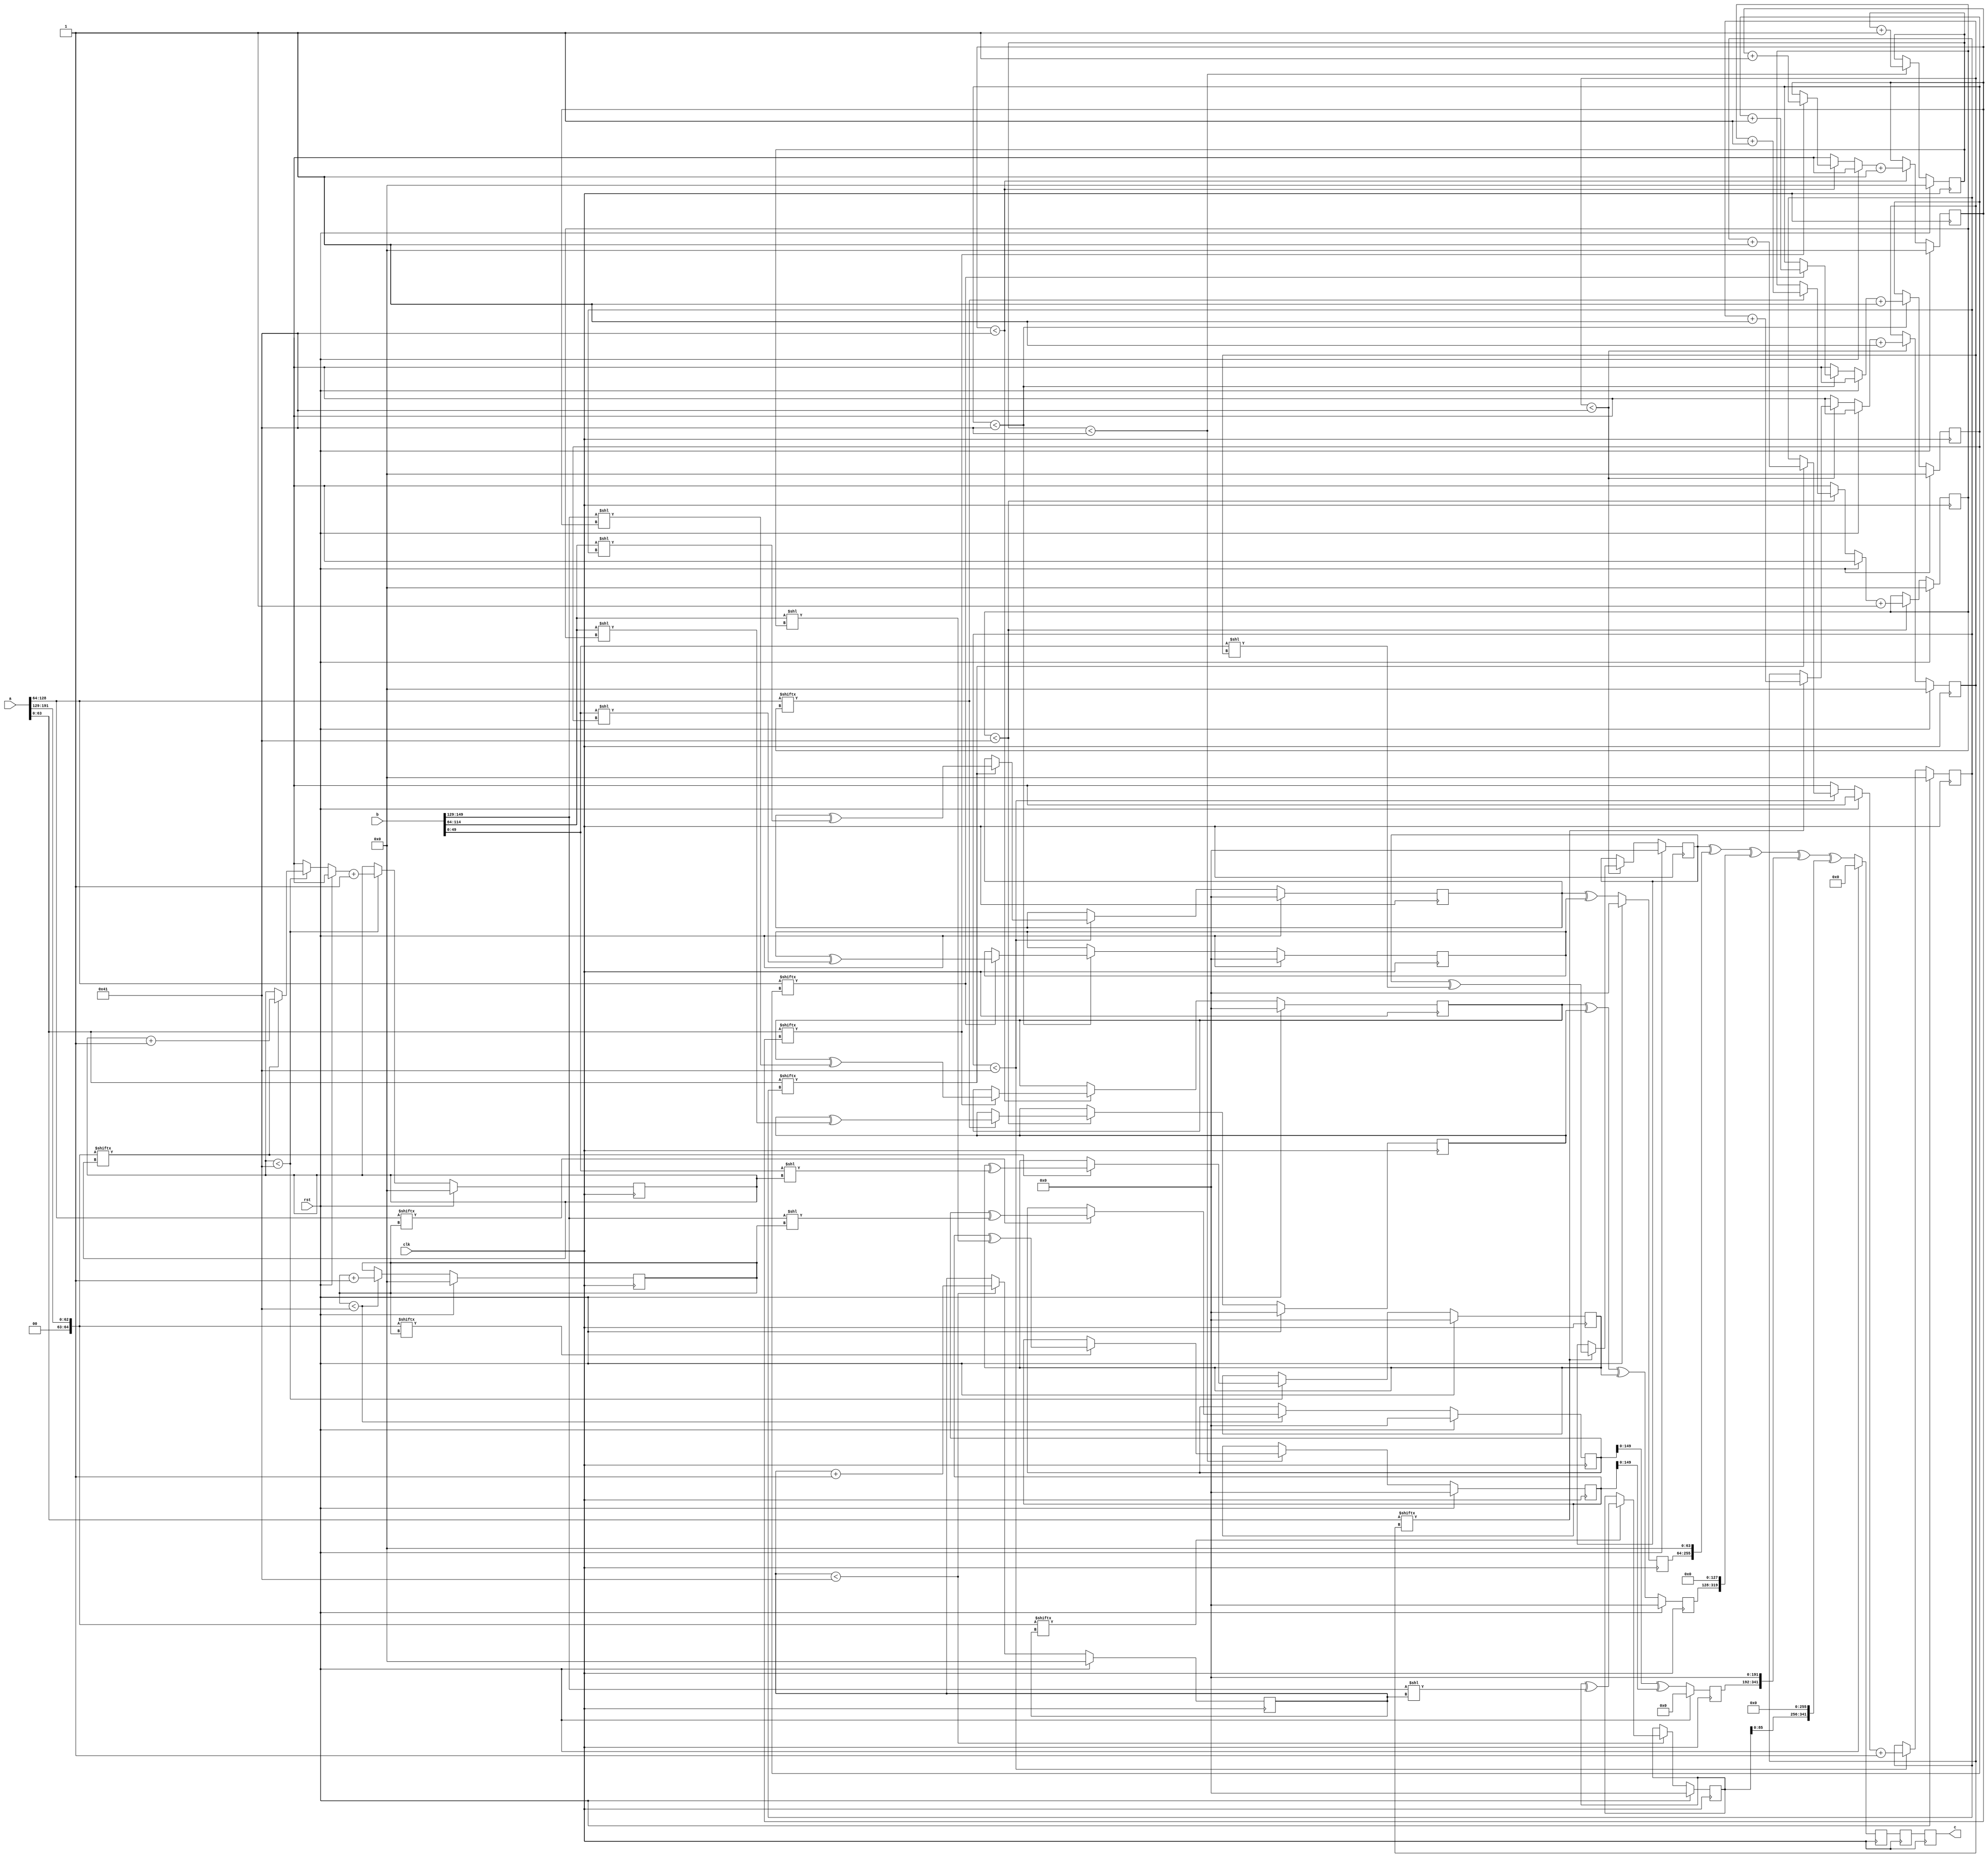
// TalTech large integer multiplier library
// Multiplier type: three_way_toom_cook
// Parameters: 192 150 3
// Target tool: genus
module three_way_toom_cook(clk, rst, a, b, c);
input clk;
input rst;
input [191:0] a;
input [149:0] b;
output reg [341:0] c;

// Pipeline register declaration 
reg [341:0] c_temp_2;
reg [341:0] c_temp_1;

// Wires declaration 
wire  [63:0] a0;
wire  [64:0] a1;
wire  [64:0] a2;
wire  [49:0] b0;
wire  [50:0] b1;
wire  [50:0] b2;

// Registers declaration 
reg  [63:0] counter_d;
reg  [63:0] counter_e1;
reg  [63:0] counter_e2;
reg  [63:0] counter_f1;
reg  [63:0] counter_f2;
reg  [63:0] counter_f3;
reg  [63:0] counter_g1;
reg  [63:0] counter_g2;
reg  [63:0] counter_h;
reg  [191:0] d;
reg  [191:0] e1_mul;
reg  [191:0] e2_mul;
reg  [191:0] e;
reg  [191:0] f1_mul;
reg  [191:0] f2_mul;
reg  [191:0] f3_mul;
reg  [191:0] f;
reg  [191:0] g1_mul;
reg  [191:0] g2_mul;
reg  [191:0] g;
reg  [191:0] h;
reg  [341:0] temp;

// Initial assignments to wires
assign a0 = a[63:0];
assign a1 = a[128:64];
assign a2 = a[191:129];
assign b0 = b[63:0];
assign b1 = b[128:64];
assign b2 = b[149:129];

// Step-1 of 3-Way TCM Multiplier
always @(posedge clk) begin
	if (rst) begin
		d <= 192'd0;
		counter_d <= 64'd0;
	end
	else if (counter_d < 65) begin
		if (a2[counter_d] == 1'b1) begin
			d <= d ^ (b2 << counter_d);
			counter_d <= counter_d + 1;
		end
		counter_d <= counter_d + 1;
	end
end

// Step-2 (Part-1) of 3-Way TCM Multiplier
always @(posedge clk) begin
	if (rst) begin
		e1_mul <= 192'd0;
		counter_e1 <= 64'd0;
	end
	else if (counter_e1 < 65) begin
		if (a1[counter_e1] == 1'b1) begin
			e1_mul <= e1_mul ^ (b2 << counter_e1);
			counter_e1 <= counter_e1 + 1;
		end
		counter_e1 <= counter_e1 + 1;
	end
end

// Step-2 (Part-2) of 3-Way TCM Multiplier
always @(posedge clk) begin
	if (rst) begin
		e2_mul <= 192'd0;
		counter_e2 <= 64'd0;
	end
	else if (counter_e2 < 65) begin
		if (a2[counter_e1] == 1'b1) begin
			e2_mul <= e2_mul ^ (b1 << counter_e2);
			counter_e2 <= counter_e2 + 1;
		end
		counter_e2 <= counter_e2 + 1;
	end
end

// Step-2 (Part-3) of 3-Way TCM Multiplier
always @(posedge clk) begin
	if (rst) begin
		e = 192'd0;
	end
	else begin
		e = e1_mul ^ e2_mul; 
	end
end

// Step-3 (Part-1) of 3-Way TCM Multiplier
always @(posedge clk) begin
	if (rst) begin
		f1_mul = 192'd0;
		counter_f1 = 64'd0;
	end
	else if (counter_f1 < 65) begin
		if (a0[counter_f1] == 1'b1) begin
			f1_mul = f1_mul ^ (b2 << counter_f1);
			counter_f1 = counter_f1 + 1;
		end
		counter_f1 = counter_f1 + 1;
	end
end

// Step-3 (Part-2) of 3-Way TCM Multiplier
always @(posedge clk) begin
	if (rst) begin
		f2_mul = 192'd0;
		counter_f2 = 64'd0;
	end
	else if (counter_f2 < 65) begin
		if (a1[counter_f2] == 1'b1) begin
			f2_mul = f2_mul ^ (b1 << counter_f2);
			counter_f2 = counter_f2 + 1;
		end
		counter_f2 = counter_f2 + 1;
	end
end

// Step-3 (Part-3) of 3-Way TCM Multiplier
always @(posedge clk) begin
	if (rst) begin
		f3_mul = 192'd0;
		counter_f3 = 64'd0;
	end
	else if (counter_f3 < 65) begin
		if (a2[counter_f3] == 1'b1) begin
			f3_mul = f3_mul ^ (b0 << counter_f3);
			counter_f3 = counter_f3 + 1;
		end
		counter_f3 = counter_f3 + 1;
	end
end

// Step-3 (Part-4) of 3-Way TCM Multiplier
always @(posedge clk) begin
	if (rst) begin
		f = 192'd0;
	end
	else begin
		f = f1_mul ^ f2_mul ^ f3_mul; 
	end
end

// Step-4 (Part-1) of 3-Way TCM Multiplier
always @(posedge clk) begin
	if (rst) begin
		g1_mul = 192'd0;
		counter_g1 = 64'd0;
	end
	else if (counter_g1 < 65) begin
		if (a0[counter_g1] == 1'b1) begin
			g1_mul = g1_mul ^ (b1 << counter_g1);
			counter_g1 = counter_g1 + 1;
		end
		counter_g1 = counter_g1 + 1;
	end
end

// Step-4 (Part-2) of 3-Way TCM Multiplier
always @(posedge clk) begin
	if (rst) begin
		g2_mul = 192'd0;
		counter_g2 = 64'd0;
	end
	else if (counter_g2 < 65) begin
		if (a1[counter_g2] == 1'b1) begin
			g2_mul = g2_mul ^ (b0 << counter_g2);
			counter_g2 = counter_g2 + 1;
		end
		counter_g2 = counter_g2 + 1;
	end
end

// Step-4 (Part-3) of 3-Way TCM Multiplier
always @(posedge clk) begin
	if (rst) begin
		g = 192'd0;
	end
	else begin
		g = g1_mul ^ g2_mul; 
	end
end

// Step-5 of 3-Way TCM Multiplier
always @(posedge clk) begin
	if (rst) begin
		h = 192'd0;
		counter_h = 64'd0;
	end
	else if (counter_h < 65) begin
		if (a0[counter_h] == 1'b1) begin
			h = h ^ (b0 << counter_h);
			counter_h = counter_h + 1;
		end
	counter_h = counter_h + 1;
	end
end

// Step-6 of 3-Way TCM Multiplier
always @(posedge clk) begin
	if (rst) begin
		temp = 342'd0;
		c_temp_2 = 342'd0;
	end
	else begin
		temp = h;
		temp = temp ^ (g << 64);
		temp = temp ^ (f << 128);
		temp = temp ^ (e << 192);
		temp = temp ^ (d << 256);
		c_temp_2 = temp;
	end
end

// pipeline stages
always @(posedge clk) begin
	c <= c_temp_1;
	c_temp_1 <= c_temp_2;
end
endmodule